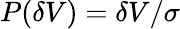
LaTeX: P(\delta V)=\delta V/\sigma